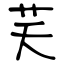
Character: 芺